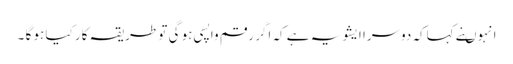
انہوںنے کہاکہ دوسرا ایشو یہ ہے کہ اگر رقم واپسی ہو گی تو طریقہ کار کیا ہو گا ۔